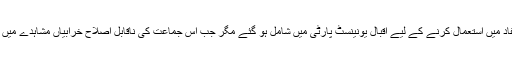
اس کی قوّت کو مسلمانوں کے قومی مفاد میں استعمال کرنے کے لیے اقبال یونینسٹ پارٹی میں شامل ہو گئے مگر جب اس جماعت کی ناقابلِ اصلاح خرابیاں مشاہدے میں آئیں تو اقبال نے علیحدگی اختیار کرلی۔